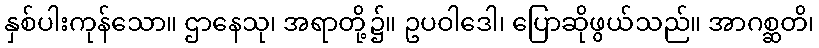
နှစ်ပါးကုန်သော။ ဌာနေသု၊ အရာတို့၌။ ဥပဝါဒေါ၊ ပြောဆိုဖွယ်သည်။ အာဂစ္ဆတိ၊